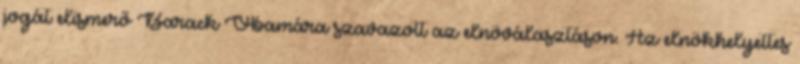
jogát elismerő Barack Obamára szavazott az elnöválasztáson. Az elnökhelyettes